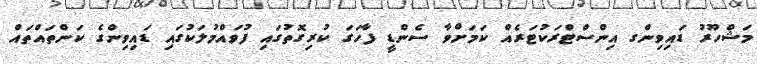
މަޝްހޫރު ޑައިވިންގ އިންސްޓްރަކުޓަރެއް ކަމަށްވާ ސެންޑީ ފާހަގަ ކުރިގޮތުގައި ފުވައްމުލަކުގައި ޑައިވިންގެ ކަންތައްތައް